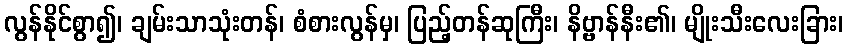
လွန်နိုင်စွာ၍၊ ချမ်းသာသုံးတန်၊ စံစားလွန်မှ၊ ပြည့်တန်ဆုကြီး၊ နိဗ္ဗာန်နီး၏၊ မျိုးသီးလေးခြား၊